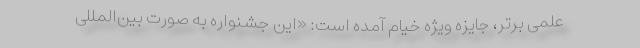
علمی برتر، جایزه ویژه خیام آمده است: «این جشنواره به صورت بین‌المللی